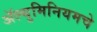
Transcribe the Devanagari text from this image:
ॲल्युमिनियमचे